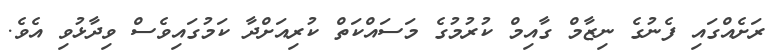
ރަށެއްގައި ފެނުގެ ނިޒާމް ގާއިމް ކުރުމުގެ މަސައްކަތް ކުރިއަށްދާ ކަމުގައިވެސް ވިދާޅުވި އެވެ.